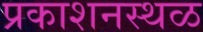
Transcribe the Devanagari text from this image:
प्रकाशनस्थळ